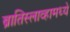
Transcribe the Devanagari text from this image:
ब्रातिस्लाव्हामध्ये